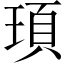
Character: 頊